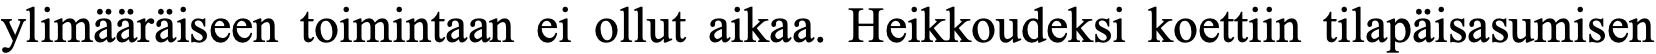
ylimääräiseen toimintaan ei ollut aikaa. Heikkoudeksi koettiin tilapäisasumisen